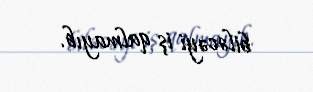
biləcəyi iş qalmayıb.